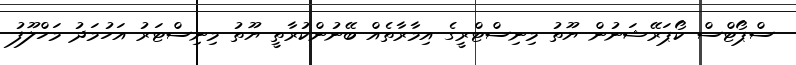
ސްޕޯޓްސް ކޯޕަރޭޝަނުން ޔޫތު މިނިސްޓްރީގެ އިމާރާތެއް ބޭނުންކުރާތީ ޔޫތު މިނިސްޓަރު އަހުމަދު މަހްލޫފު